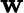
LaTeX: \textbf{w}